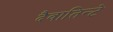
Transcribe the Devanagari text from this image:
दैवातिन्टे